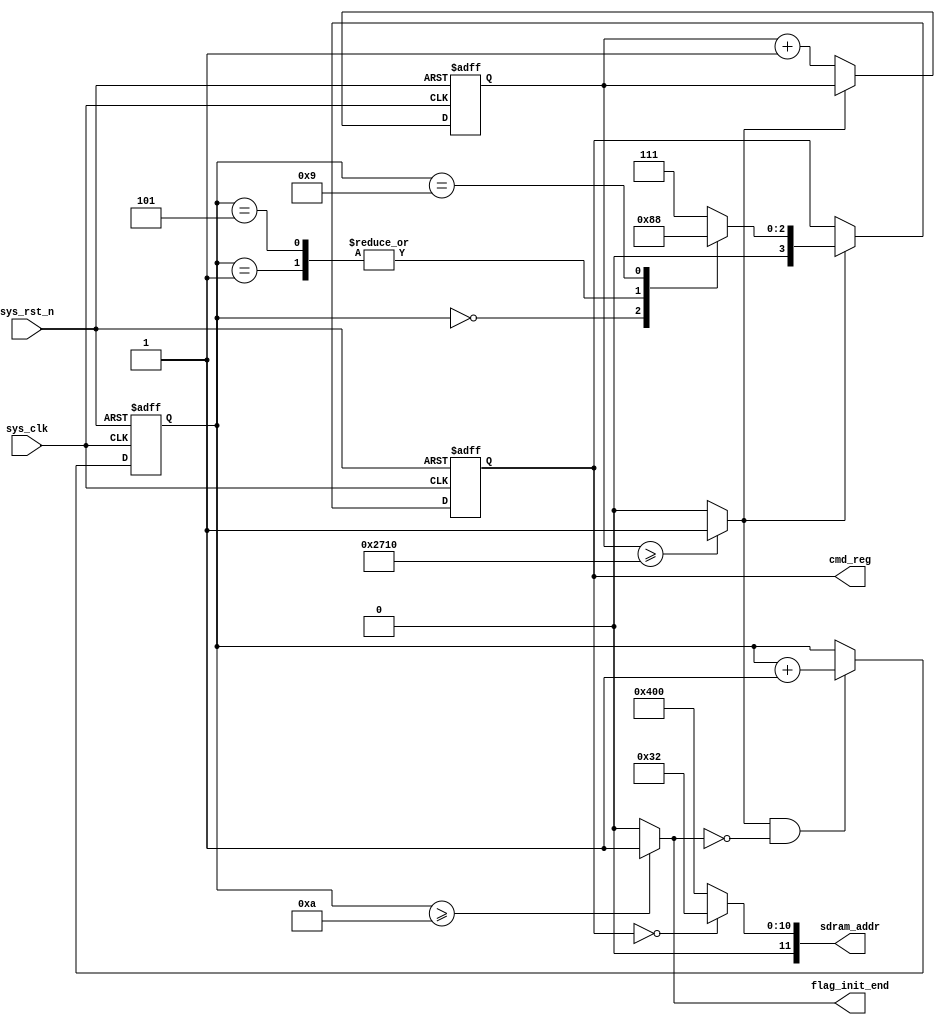
module sdram_init(
		// input
		input				sys_clk				,
		input				sys_rst_n			,
		
		// 
		output	reg [ 3:0]	cmd_reg				,
		output		[11:0]	sdram_addr			,
		output 				flag_init_end
);

	//// define ////
	
	localparam				DELAY_200US = 10000		;
	
	// sram command
	localparam				NOP			= 4'b0111	;
	localparam				PRECHARGE	= 4'b0010	;
	localparam				AUTO_REFRESH= 4'b0001	;
	localparam				MODE_SET	= 4'b0000	;
	
	reg		[13:0]			cnt_200us				;
	wire					flag_200us				;
	reg		[ 3:0]			cnt_cmd					;

	
	//// main code ////
	// cnt_200us
	always @(posedge sys_clk or negedge sys_rst_n) begin
		if(!sys_rst_n) begin
			cnt_200us <= 'd0;
		end
		else if(flag_200us == 1'b0) begin
			cnt_200us <= cnt_200us + 1'b1;
		end
	end
	
	assign flag_200us = (cnt_200us >= DELAY_200US) ? 1'b1 : 1'b0;
	
	// cnt_cmd 
	always @(posedge sys_clk or negedge sys_rst_n) begin
		if(!sys_rst_n) begin
			cnt_cmd	<= 'd0;
		end
		else if(flag_200us == 1'b1 && flag_init_end == 1'b0) begin
			cnt_cmd	<= cnt_cmd + 1'b1;
		end
	end

	// cmd_reg, refer to the value of cnt_cmd, give different cmd
	always @(posedge sys_clk or negedge sys_rst_n) begin
		if(!sys_rst_n) begin
			cmd_reg <= NOP;
		end
		else if(flag_200us == 1'b1) begin
			case(cnt_cmd) //  refer to initialation 
				0 : cmd_reg <= PRECHARGE;
				1 : cmd_reg <= AUTO_REFRESH;
				5 : cmd_reg <= AUTO_REFRESH;
				9 : cmd_reg <= MODE_SET;
				default : cmd_reg <= NOP;
			endcase
		end
	end

	// sdram_addr
	assign sdram_addr = cmd_reg == MODE_SET ? 12'b00_0_00_011_0010 : 12'b0100_0000_0000;

	//flag_init_end
	assign flag_init_end = cnt_cmd >= 'd10 ? 1'b1 : 1'b0;























endmodule